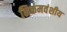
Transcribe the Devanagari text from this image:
निकमवंशीय